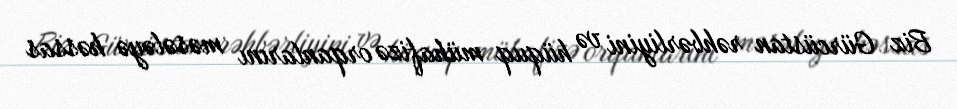
Biz Gürcüstan rəhbərliyini və hüquq mühafizə orqanlarını məsələyə həssas